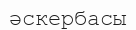
әскербасы